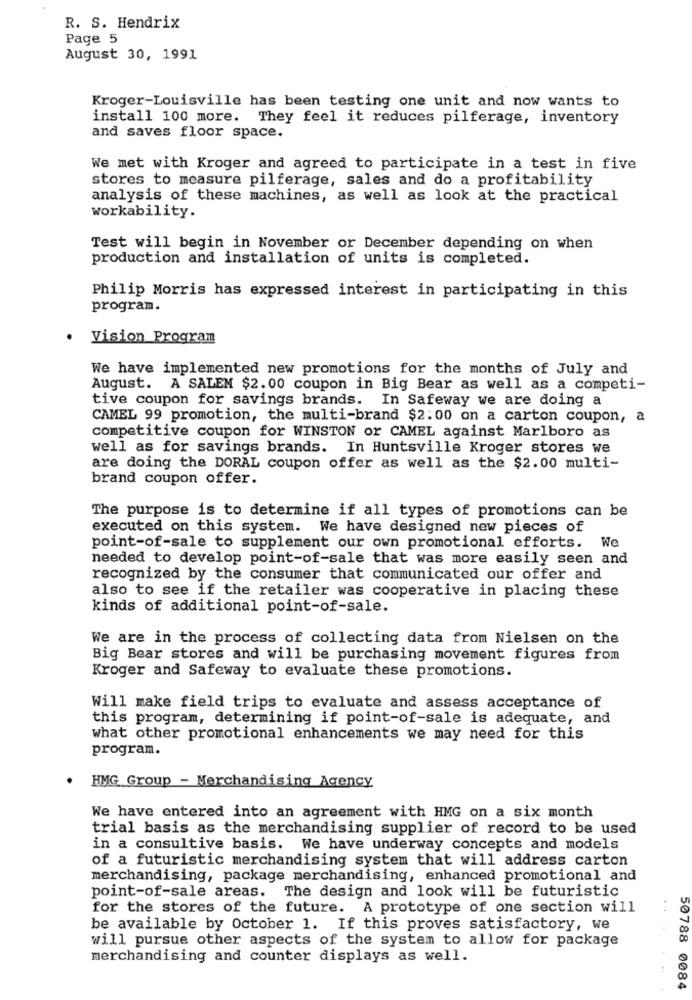
R. S. Hendrix
Page 5
August 30, 1991
Kroger-Louisville has been testing one unit and now wants to
install 100 more. They feel it reduces pilferage, inventory
and saves floor space.
We met with Kroger and agreed to participate in a test in five
stores to measure pilferage, sales and do a profitability
analysis of these machines, as well as look at the practical
workability.
Test will begin in November or December depending on when
production and installation of units is completed.
Philip Morris has expressed interest in participating in this
program.
Vision Program
We have implemented new promotions for the months of July and
August. A SALEM $2.00 coupon in Big Bear as well as a competi-
tive coupon for savings brands. In Safeway we are doing a
CAMEL 99 promotion, the multi-brand $2:00 on a carton coupon, a
competitive coupon for WINSTON or CAMEL against Marlboro as
well as for savings brands. In Huntsville Kroger stores we
are doing the DORAL coupon offer as well as the $2.00 multi-
brand coupon offer.
The purpose is to determine if all types of promotions can be
executed on this system. We have designed new pieces of
point-of-sale to supplement our own promotional efforts. We
needed to develop point-of-sale that was more easily seen and
recognized by the consumer that communicated our offer and
also to see if the retailer was cooperative in placing these
kinds of additional point-of-sale.
We are in the process of collecting data from Nielsen on the
Big Bear stores and will be purchasing movement figures from
Kroger and Safeway to evaluate these promotions.
Will make field trips to evaluate and assess acceptance of
this program, determining if point-of-sale is adequate, and
what other promotional enhancements we may need for this
program.
HMG Group - Merchandising Agency
We have entered into an agreement with HMG on a six month
trial basis as the merchandising supplier of record to be used
in a consultive basis. We have underway concepts and models
of a futuristic merchandising system that will address carton
merchandising, package merchandising, enhanced promotional and
point-of-sale areas. The design and look will be futuristic
for the stores of the future. A prototype of one section will
be available by October 1. If this proves satisfactory, we
will pursue other aspects of the system to allow for package
merchandising and counter displays as well.
50788 0084